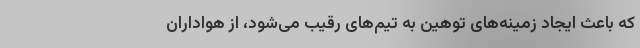
که باعث ایجاد زمینه‌های توهین به تیم‌های رقیب می‌شود، از هواداران